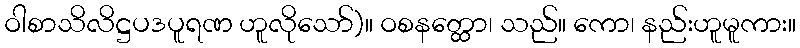
ဝါစာသိလိဋ္ဌပဒပူရဏ ဟူလိုသော်)။ ဝစနတ္ထော၊ သည်။ ကော၊ နည်းဟူမူကား။